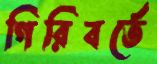
গিরিবর্তে